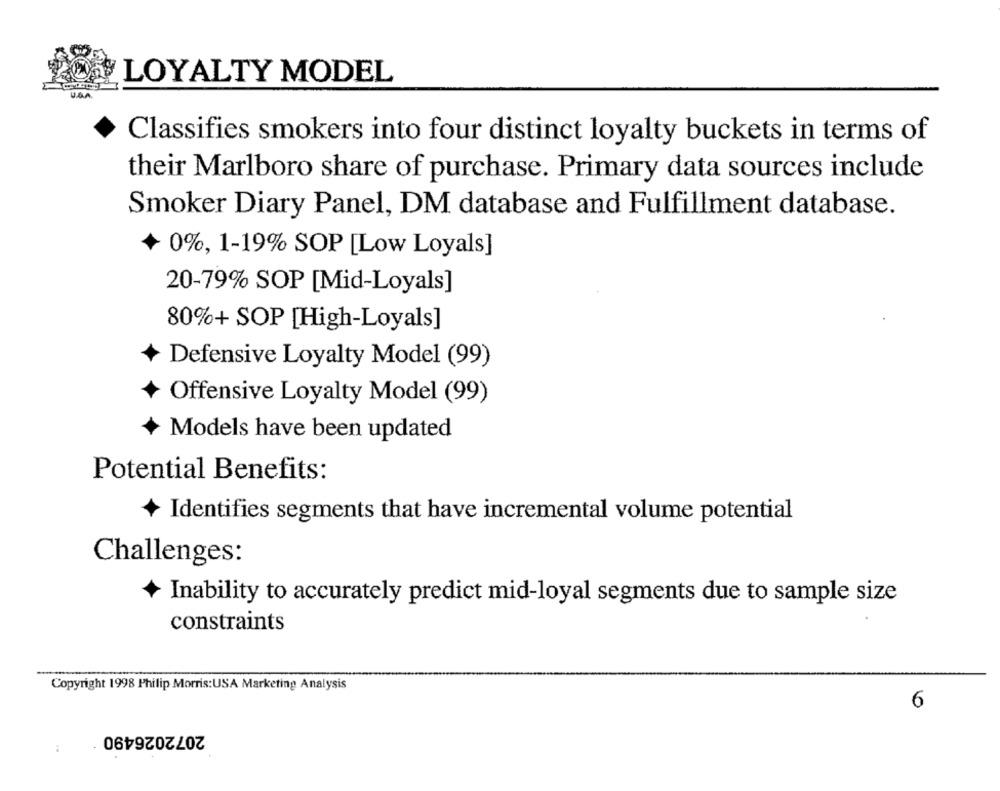
LOYALTY MODEL
Classifies smokers into four distinct loyalty buckets in terms of
their Marlboro share of purchase. Primary data sources include
Smoker Diary Panel, DM database and Fulfillment database.
0%, 1-19% SOP [Low Loyals]
20-79% SOP [Mid-Loyals]
80%+ SOP [High-Loyals]
Defensive Loyalty Model (99)
Offensive Loyalty Model (99)
Models have been updated
Potential Benefits:
Identifies segments that have incremental volume potential
Challenges:
Inability to accurately predict mid-loyal segments due to sample size
constraints
Copyright 1998 Philip Morris:USA Marketing Analysis
6
2072026490